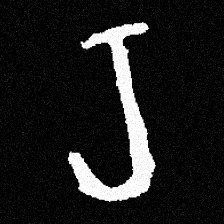
Pyu character \u2014 Myanmar letter: ရ (romanized: ra)